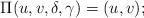
LaTeX: \begin{align*}\Pi(u,v,\delta,\gamma) = (u,v);\end{align*}